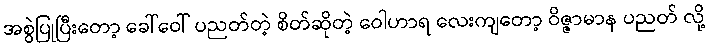
အစွဲပြုပြီးတော့ ခေါ်ဝေါ် ပညတ်တဲ့ စိတ်ဆိုတဲ့ ဝေါဟာရ လေးကျတော့ ဝိဇ္ဇာမာန ပညတ် လို့